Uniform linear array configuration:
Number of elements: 16
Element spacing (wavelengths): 0.75
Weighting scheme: kaiser
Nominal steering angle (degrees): -30
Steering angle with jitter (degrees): -28.735
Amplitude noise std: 0.05
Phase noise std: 0.05

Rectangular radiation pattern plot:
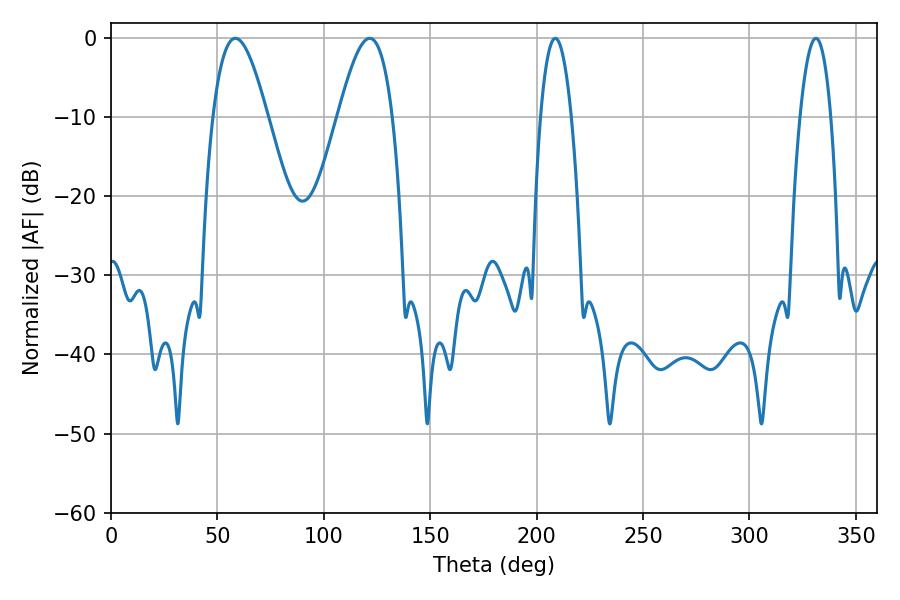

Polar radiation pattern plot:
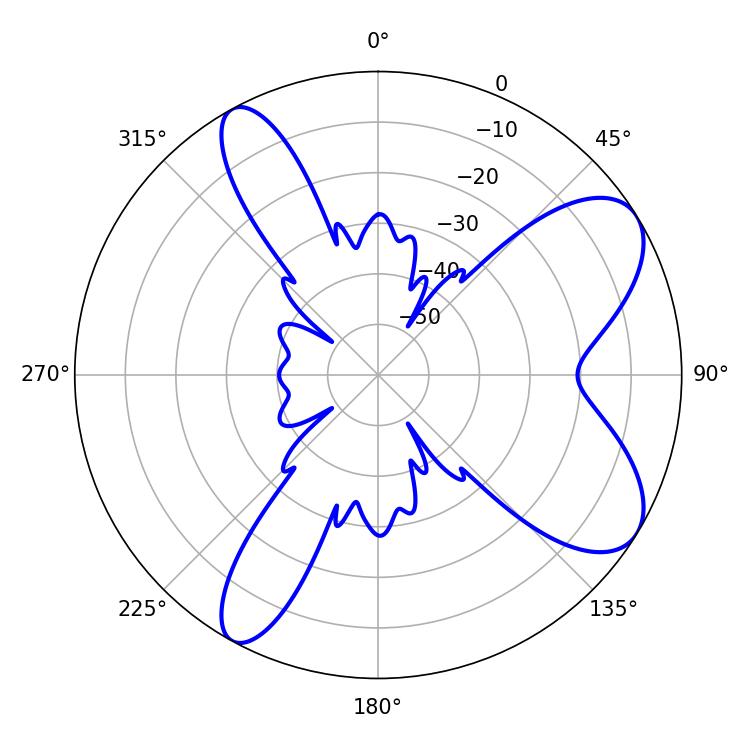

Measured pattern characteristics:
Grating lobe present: TRUE
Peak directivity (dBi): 8.064
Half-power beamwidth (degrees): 13.86
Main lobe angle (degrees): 58.5